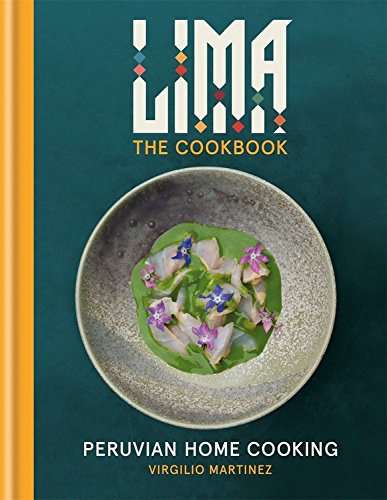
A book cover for LIMA cookbook: Peruvian Home Cooking; Virgilio Martinez; Cookbooks, Food & Wine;